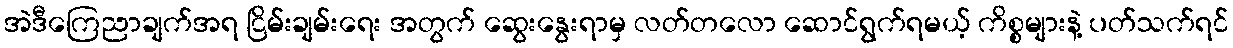
အဲဒီကြေညာချက်အရ ငြိမ်းချမ်းရေး အတွက် ဆွေးနွေးရာမှ လတ်တလော ဆောင်ရွက်ရမယ့် ကိစ္စများနဲ့ ပတ်သက်ရင်